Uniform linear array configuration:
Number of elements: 64
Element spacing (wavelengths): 0.5
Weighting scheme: hamming
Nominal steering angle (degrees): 45
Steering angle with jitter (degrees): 43.559
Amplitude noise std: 0.05
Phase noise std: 0.05

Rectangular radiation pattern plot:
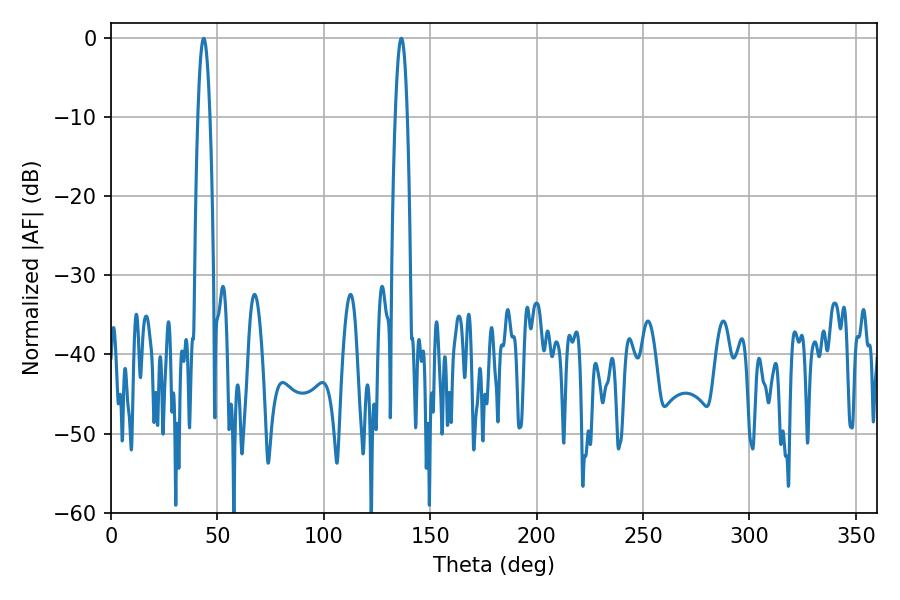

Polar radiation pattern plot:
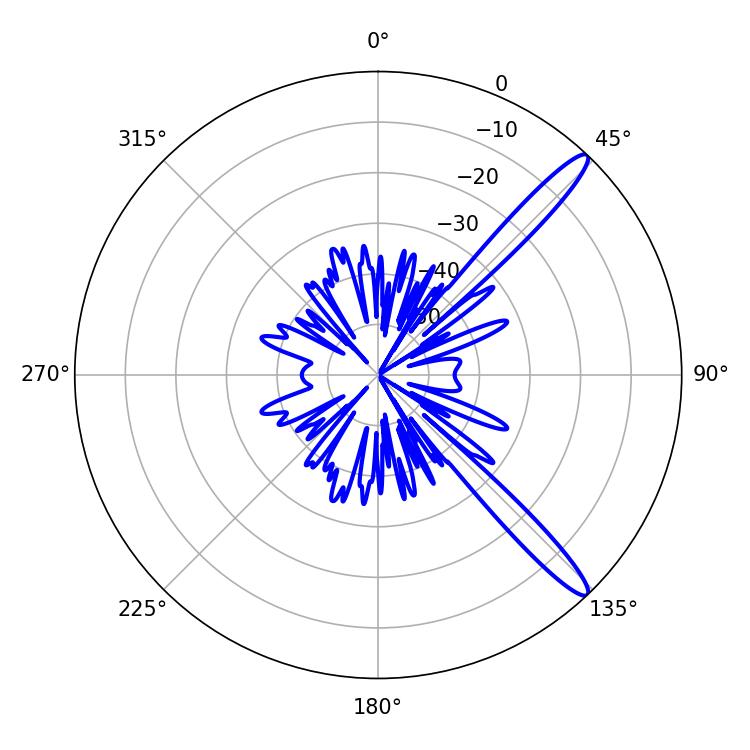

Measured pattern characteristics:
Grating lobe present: FALSE
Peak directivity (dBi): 13.873
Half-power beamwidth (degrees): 3.06
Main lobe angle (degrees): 43.56